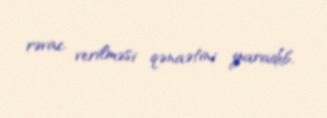
rəvac verilməsi qənaətini yaradıb.